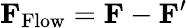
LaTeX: \textbf{F}_{\mathrm{Flow}}=\textbf{F}-\textbf{F}^{\prime}